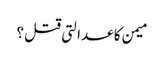
میمن کا عدالتی قتل ؟